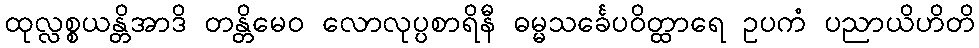
ထုလ္လစ္စယန္တိအာဒိ တန္တိမေဝ လောလုပ္ပစာရိနီ ဓမ္မသင်္ခေပဝိတ္ထာရေ ဥပကံ ပညာယိဟိတိ